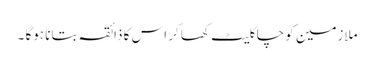
ملازمین کو چاکلیٹ کھا کر اس کا ذائقہ بتانا ہوگا ۔